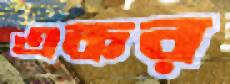
একর